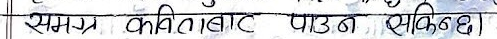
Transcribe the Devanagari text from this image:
समग्र कविताबाट पाउन सकिन्छ